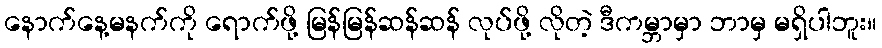
နောက်နေ့မနက်ကို ရောက်ဖို့ မြန်မြန်ဆန်ဆန် လုပ်ဖို့ လိုတဲ့ ဒီကမ္ဘာမှာ ဘာမှ မရှိပါဘူး။